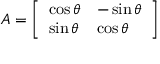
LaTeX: A = { \left[ \begin{array} { l l } { \cos \theta } & { - \sin \theta } \\ { \sin \theta } & { \cos \theta } \end{array} \right] }